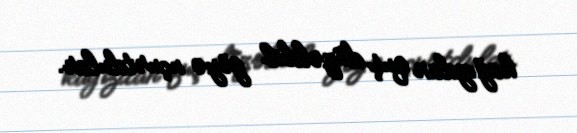
kağızdan quş düzəldib göyə uçurtdular.